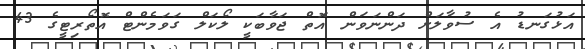
އަޅުގަނޑު އެ ސުވާލަށް ދަންނަވަން އޮތް ޖަވާބަކީ ލޯކަލް ގަވަމެންޓް އޮތޯރިޓީގެ 43